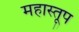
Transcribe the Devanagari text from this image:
महास्तूप